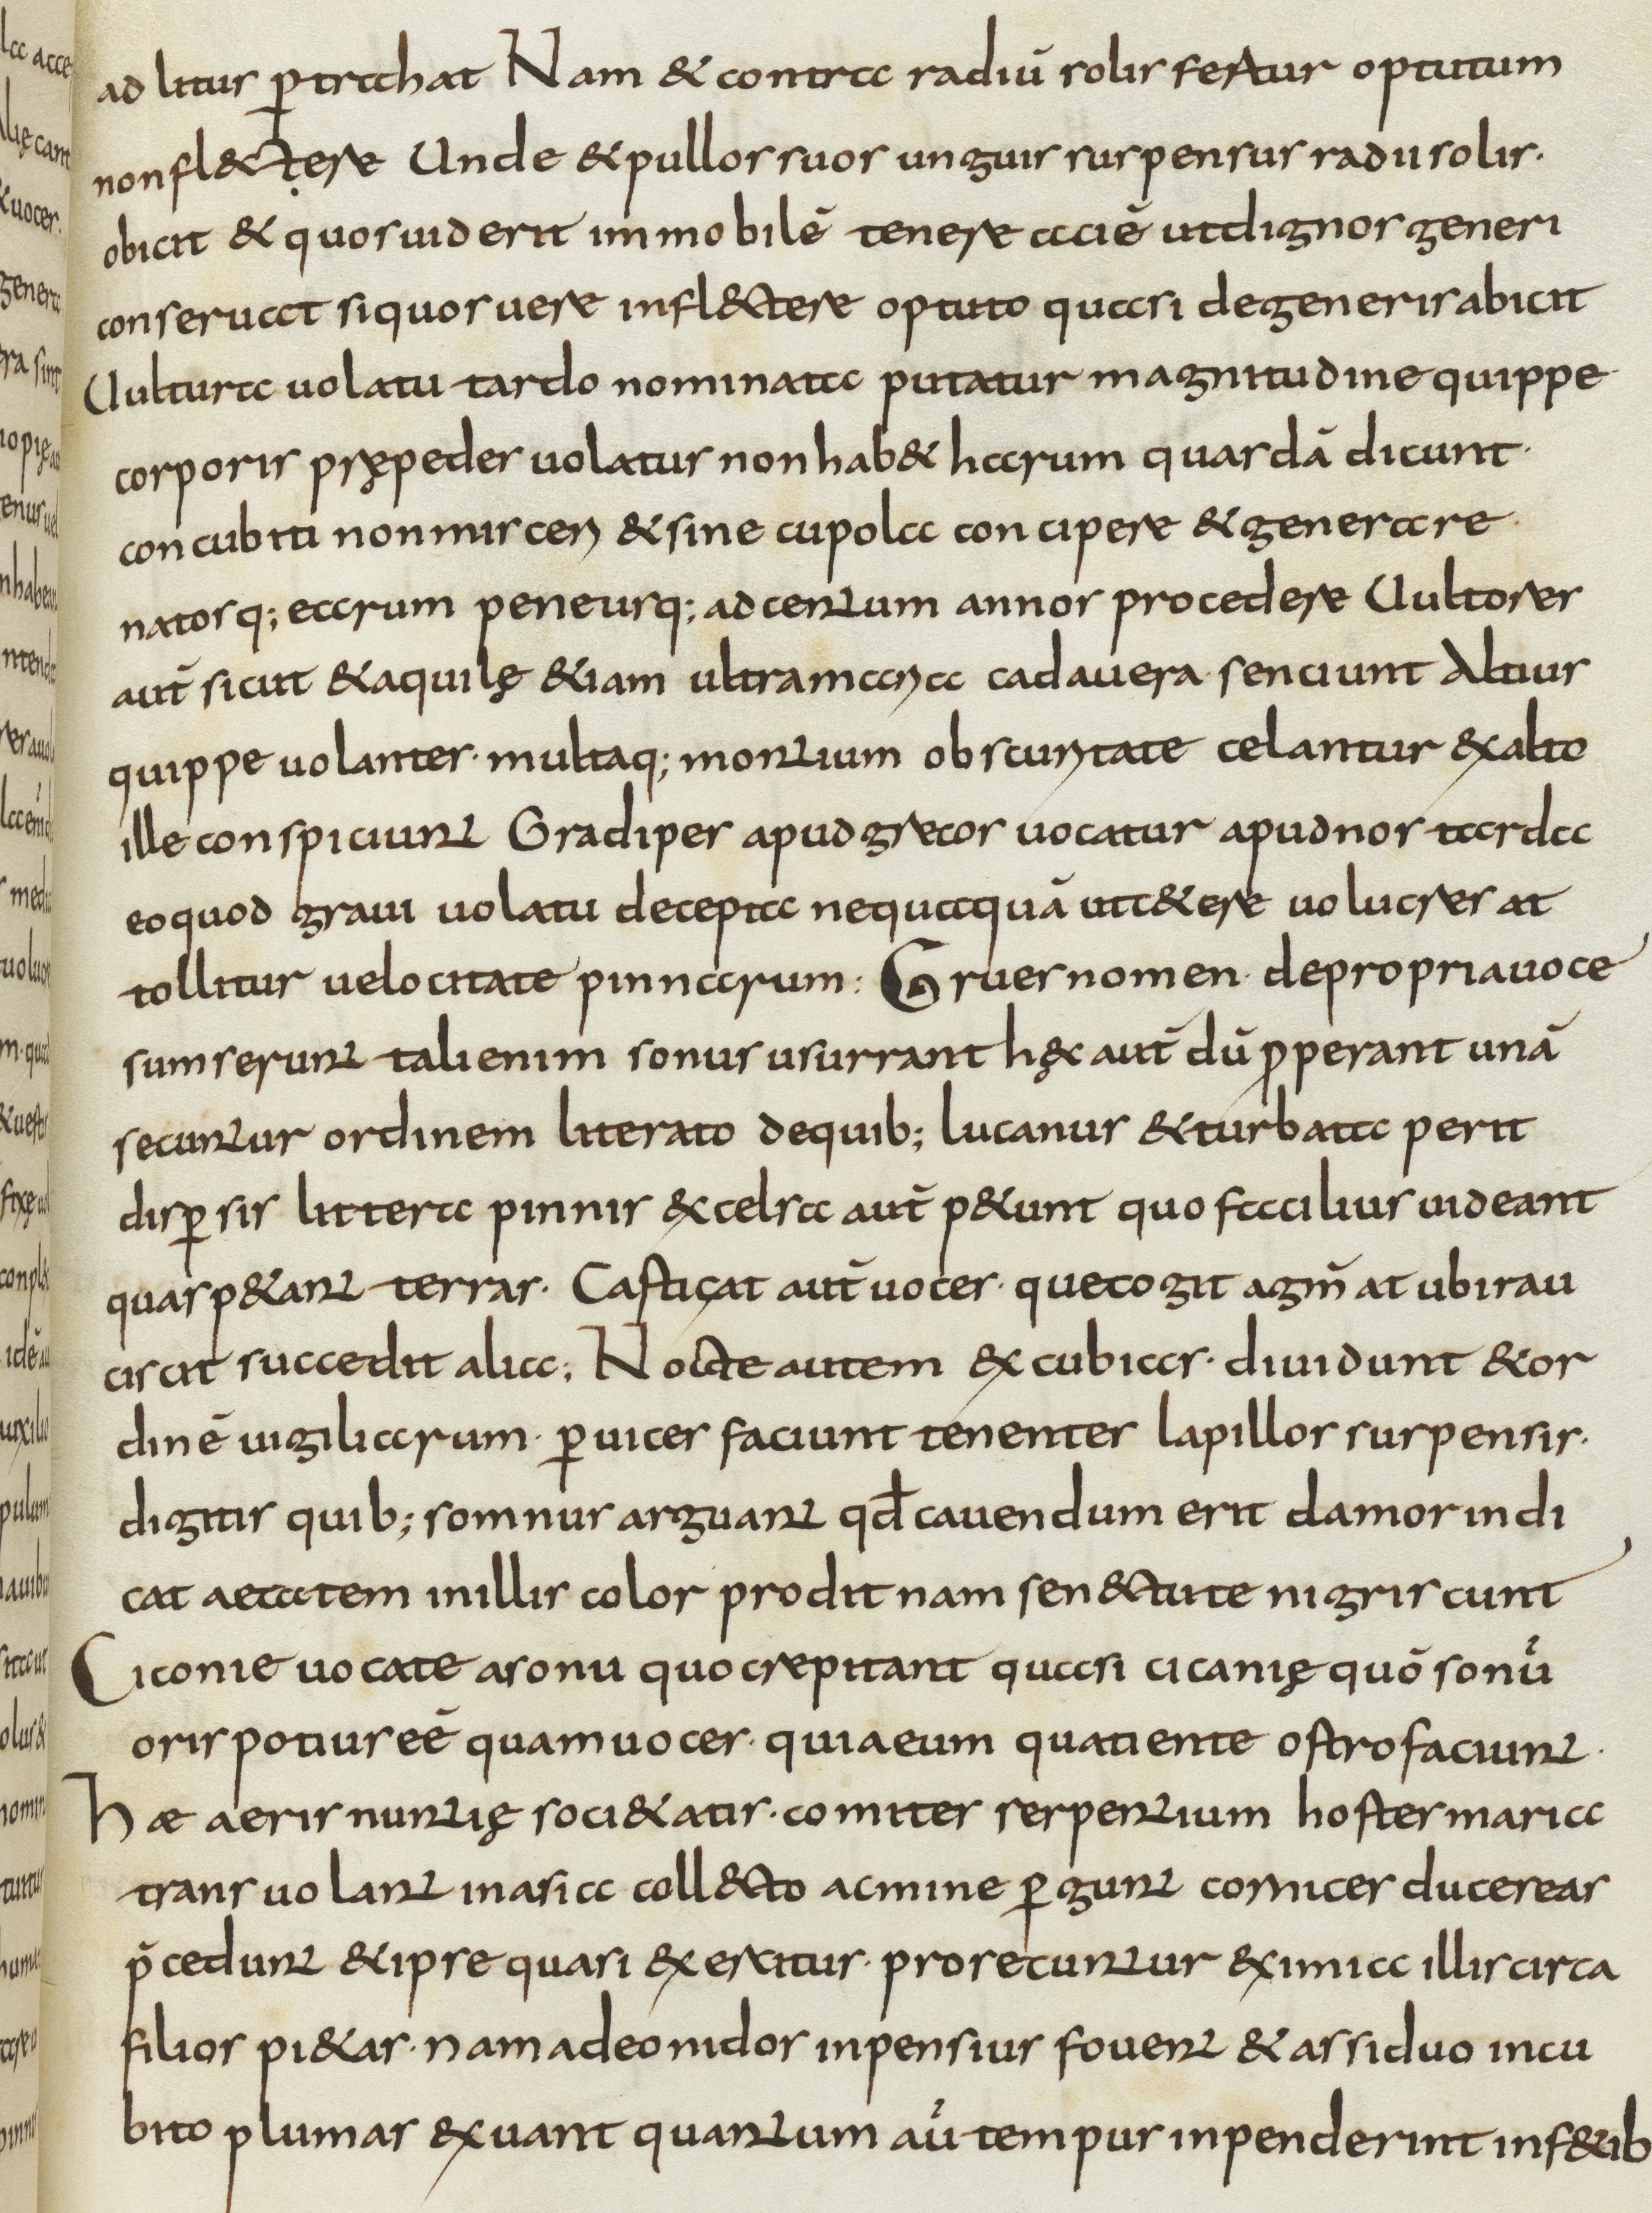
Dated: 800–830